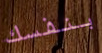
بنفسك